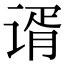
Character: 谞